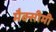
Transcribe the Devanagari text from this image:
मैक्सीमी